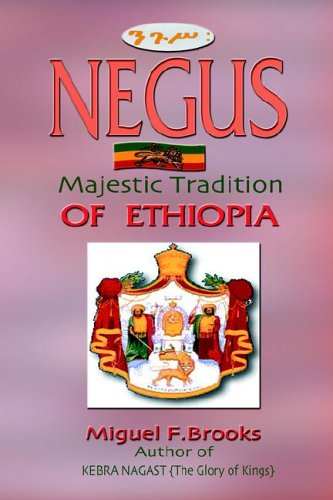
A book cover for NEGUS   Majestic Tradition of Ethiopia; Miguel F. Brooks; History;